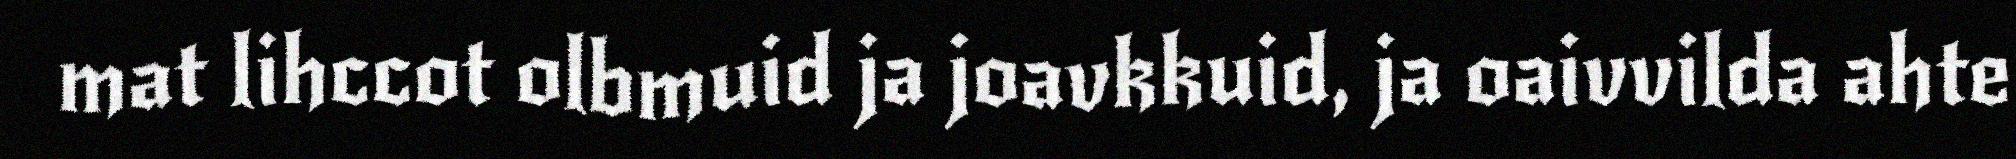
mat lihccot olbmuid ja joavkkuid, ja oaivvilda ahte